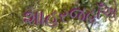
શાહરજહાઁએ